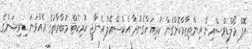
އޮފް މޯލްޑިވްސްއިން އިންތިޒާމްކޮށްގެން ކުރިއަށްގެންދާ އެކްސްއެލް އެނާޖީ ކުރިކެޓް މުބާރާތުގެ އެއްވަނަ ޑިވިޝަންގެ